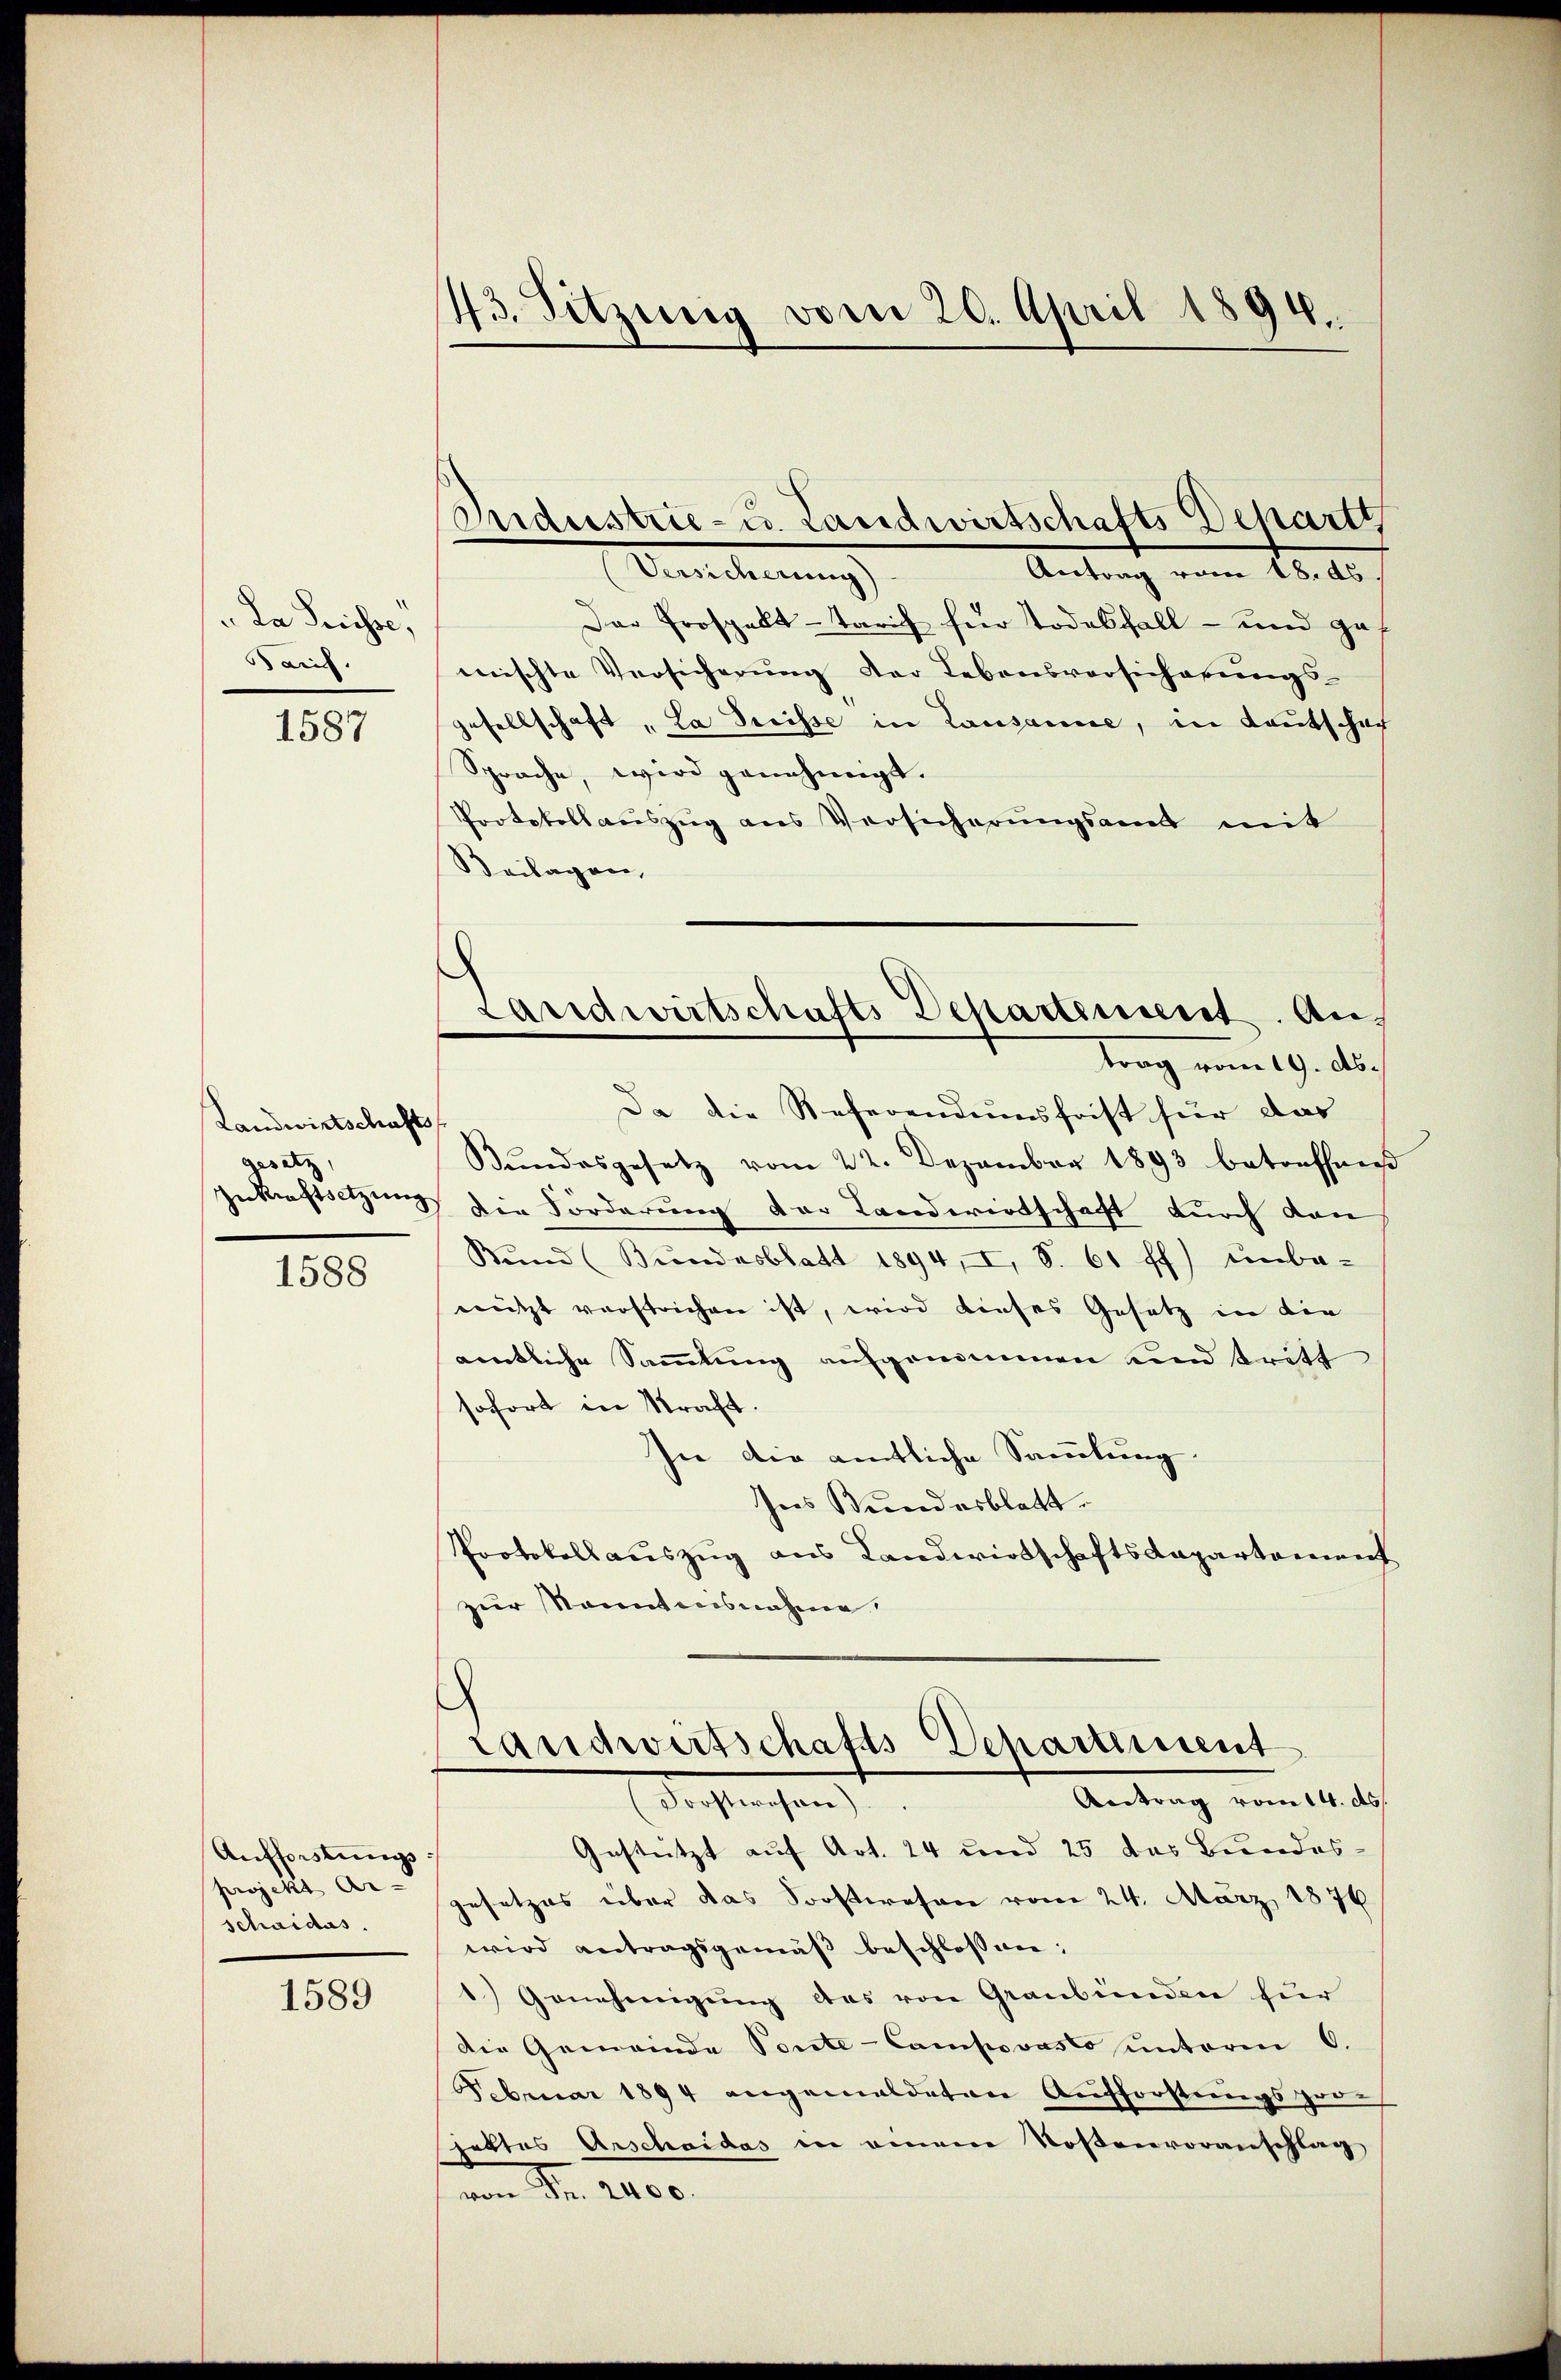
La Suisse,
Saif.

1587

Landwirtschafts
Gesetz,
Zukraftsetzung

1588

Aufforstungsprojekt An- |
schaides.

1589

43. Sitzung vom 20. April 1894.

Das Prospalt-Tarif für Todesfall - und ga
mischte Versicherung der Lebensversicherungs-
gesellschaft „La Preisse in Lausanne, in Lautschar
Sprache, wird genehmigt.
Protokollauszug aus Versicherungsamt mit
Beilagen,

Industrie- u. Landwirtschafts Departi
Sentierung
Antrag vom 18. 10.

Bŭndesgesetz vom 22. Dezember 1893 betreffnen
 Der Forderung der Landwirtschaft durch den
Bund (Bundesblatt 1894, I, S. 61 ff.) unbe-
nützt verstrichen ist, wird dieses Gesetz in die
aemtliche Sammlung aufgenommen und tritt
sofort in Straft
In die amtliche Sammlung.
Ins Bundesblatt.
Protokollauszug aus Landwirtschaftslapartement
zur Sonntensnahme,

Landwirtschafts Departement. Antrag vom 19. Ab.
Da die Referendumsfrist für das

Landwirtschafts-Departement
Antrag vom 14. ds.
(Forstwesen)

Gestützt auf Art. 24 und 25 das Bundes-
gesetzes über das Soostwesen vom 24. März 1876
wird antragsgemäβ beschlossen:
1) Genehmigung des von Graubünden für
Die Gemeinde Ponte-Compovasto unterm 6.
Februar 1894 angemeldeten Aufforstungsprech
jektes Arschaidas in einem Rosenvoranschlag
von Fr. 2400.